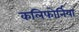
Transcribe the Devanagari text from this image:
कलिफोर्निया